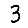
Digit: 3